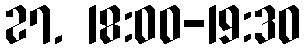
27. 18:00-19:30